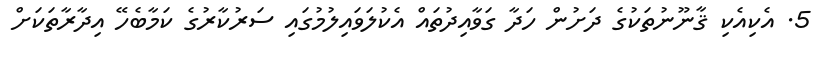
5. އެކިއެކި ޤާނޫނުތަކުގެ ދަށުން ހަދާ ގަވާއިދުތައް އެކުލަވައިލުމުގައި ސަރުކާރުގެ ކަމާބެހޭ އިދާރާތަކަށް